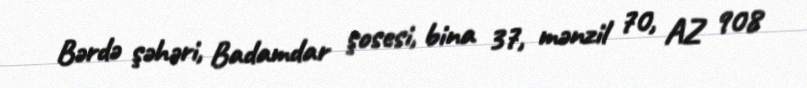
Bərdə şəhəri, Badamdar şosesi, bina 37, mənzil 70, AZ 908